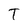
Character: T